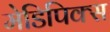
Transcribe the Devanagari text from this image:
मेडिपिक्स